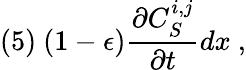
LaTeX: (5)\ (1-\epsilon)\frac{\partial C_{S}^{i,j}}{\partial t}dx\ ,